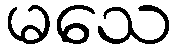
မသေ